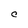
Character: C